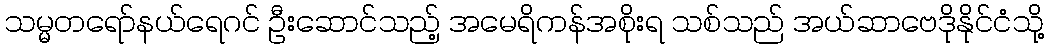
သမ္မတရော်နယ်ရေဂင် ဦးဆောင်သည့် အမေရိကန်အစိုးရ သစ်သည် အယ်ဆာဗေဒိုနိုင်ငံသို့